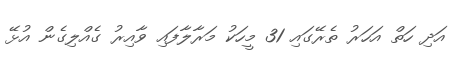
އަދި ހަތް އަހަރު ތެރޭގައި 31 މީހަކު މަރާލާފައި ވާއިރު ގެއްލިގެން އުޅޭ